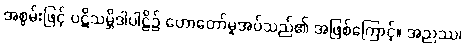
အစွမ်းဖြင့် ပဋိသမ္ဘိဒါပါဠိ၌ ဟောတော်မူအပ်သည်၏ အဖြစ်ကြောင့်။ အညဿ၊